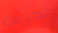
لجريمة